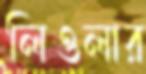
লিওলার